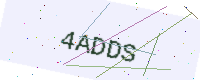
Text: 4ADDS